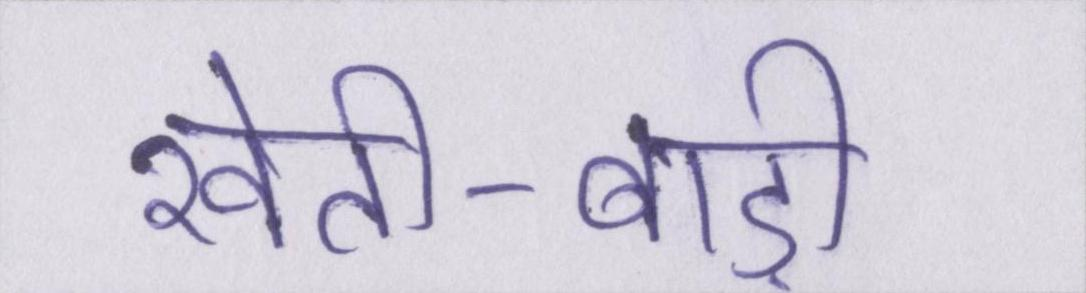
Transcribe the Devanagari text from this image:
खेती-बाड़ी